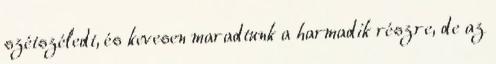
szétszéledt, és kevesen maradtunk a harmadik részre, de az